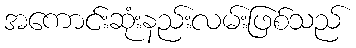
အကောင်းဆုံးနည်းလမ်းဖြစ်သည်